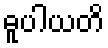
ဓူပါယတိ